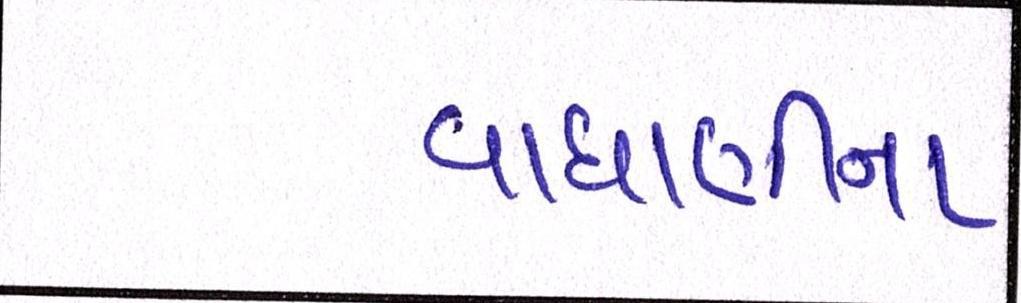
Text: વાઘાણીના